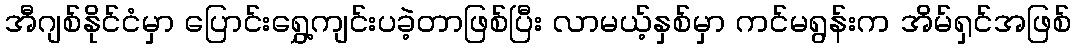
အီဂျစ်နိုင်ငံမှာ ပြောင်းရွှေ့ကျင်းပခဲ့တာဖြစ်ပြီး လာမယ့်နှစ်မှာ ကင်မရွန်းက အိမ်ရှင်အဖြစ်